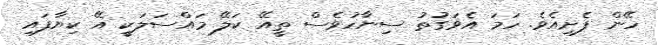
ހޭން ފެށިއެވެ. ހަމަ އެވަގުތު ސިނާހުވެސް ތީއޭ ކަލޭ މައްސަލަކީ އޭ ކިޔާފައި